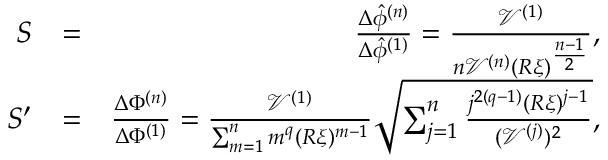
\begin{array} { r l r } { S } & { = } & { \frac { \Delta \hat { \phi } ^ { ( n ) } } { \Delta \hat { \phi } ^ { ( 1 ) } } = \frac { \mathcal { V } ^ { ( 1 ) } } { n \mathcal { V } ^ { ( n ) } ( R \xi ) ^ { \frac { n - 1 } { 2 } } } , } \\ { S ^ { \prime } } & { = } & { \frac { \Delta \Phi ^ { ( n ) } } { \Delta \Phi ^ { ( 1 ) } } = \frac { \mathcal { V } ^ { ( 1 ) } } { \sum _ { m = 1 } ^ { n } m ^ { q } ( R \xi ) ^ { m - 1 } } \sqrt { \sum _ { j = 1 } ^ { n } \frac { j ^ { 2 ( q - 1 ) } ( R \xi ) ^ { j - 1 } } { ( \mathcal { V } ^ { ( j ) } ) ^ { 2 } } } , } \end{array}